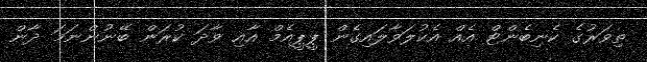
ތިވަރުގެ ކެނިބެންޓް އެއް އެކުލަވާލައިގެން ޕީޕީއެމް އާއި ވާދަ ކުރަން ބޭނުންނަމަ ދާން